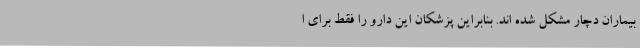
بیماران دچار مشکل شده اند. بنابراین پزشکان این دارو را فقط برای ا